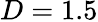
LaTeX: D=1.5